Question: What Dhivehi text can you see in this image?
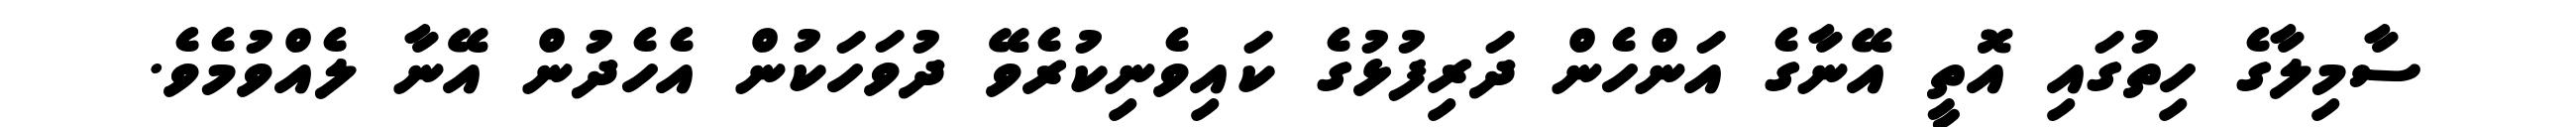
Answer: ސާމިލާގެ ހިތުގައި އޮތީ އޭނާގެ އަންހެން ދަރިފުޅުގެ ކައިވެނިކުރެވޭ ދުވަހަކުން އެހެދުން އޭނާ ލެއްވުމެވެ.